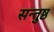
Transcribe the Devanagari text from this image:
सन्तुष्ठ